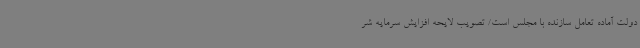
دولت آماده تعامل سازنده با مجلس است/ تصویب لایحه افزایش سرمایه شر